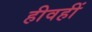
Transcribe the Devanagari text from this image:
हीवहीं